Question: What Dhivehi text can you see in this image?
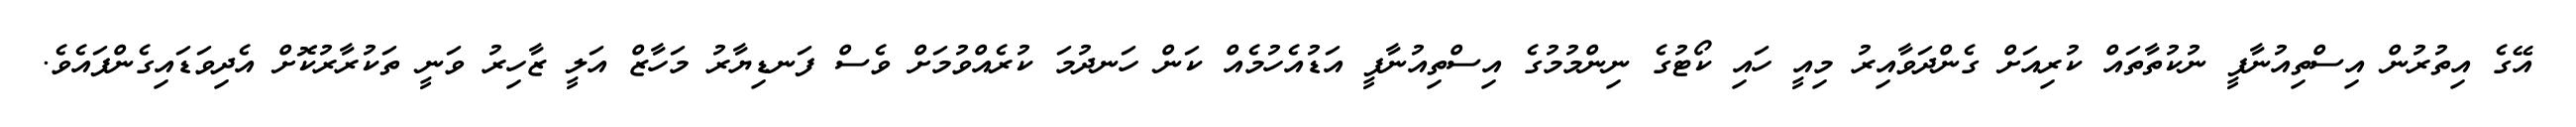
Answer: އޭގެ އިތުރުން އިސްތިއުނާފީ ނުކުތާތައް ކުރިއަށް ގެންދަވާއިރު މިއީ ހައި ކޯޓުގެ ނިންމުމުގެ އިސްތިއުނާފީ އަޑުއެހުމެއް ކަން ހަނދުމަ ކުރެއްވުމަށް ވެސް ފަނޑިޔާރު މަހާޒް އަލީ ޒާހިރު ވަނީ ތަކުރާރުކޮށް އެދިވަޑައިގެންފައެވެ.